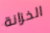
الخزانة